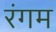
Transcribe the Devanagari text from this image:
रंगम